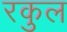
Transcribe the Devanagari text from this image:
रकुल